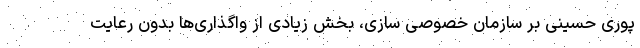
پوری حسینی بر سازمان خصوصی سازی، بخش زیادی از واگذاری‌ها بدون رعایت